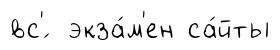
вс'́ экза́м'ен са́йты